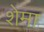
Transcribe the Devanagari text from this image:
शेमा